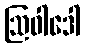
ဩဝါဒေါ